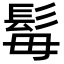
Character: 𩬍